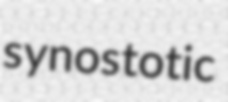
synostotic